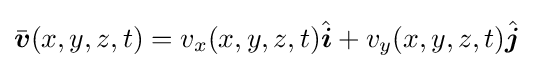
{\bar {\boldsymbol {v}}}(x,y,z,t)=v_{x}(x,y,z,t){\hat {\boldsymbol {i}}}+v_{y}(x,y,z,t){\hat {\boldsymbol {j}}}